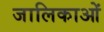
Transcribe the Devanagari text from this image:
जालिकाओं